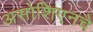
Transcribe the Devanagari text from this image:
असोशिएनचे